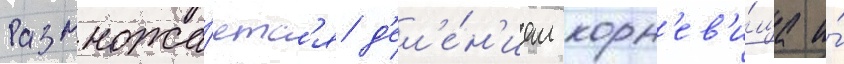
Размножа́етс'я д'ел'е́н'ием корн'ев'и́ща и́